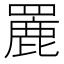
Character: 䍡